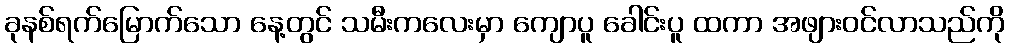
ခုနစ်ရက်မြောက်သော နေ့တွင် သမီးကလေးမှာ ကျောပူ ခေါင်းပူ ထကာ အဖျားဝင်လာသည်ကို